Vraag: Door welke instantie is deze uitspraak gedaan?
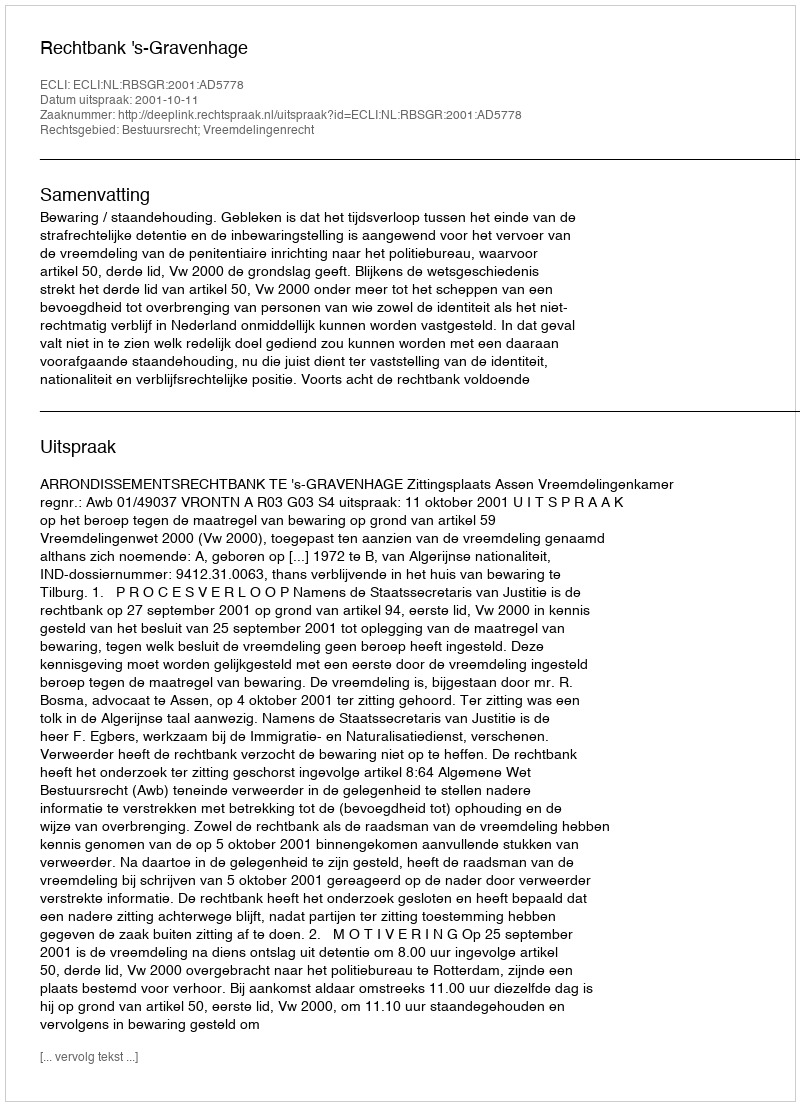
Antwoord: Rechtbank 's-Gravenhage